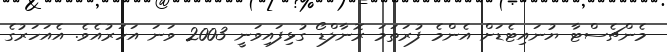
މެންޗެސްޓާ ޔުނައިޓެޑަށް އެންމެ ފުރަތަމަ ރޮނާލްޑޯ ގުޅިފައިވަނީ 2003 ވަނަ އަހަރުއެވެ. އެއަހަރުގެ